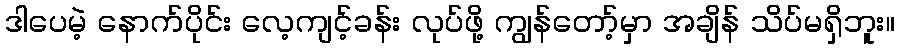
ဒါပေမဲ့ နောက်ပိုင်း လေ့ကျင့်ခန်း လုပ်ဖို့ ကျွန်တော့်မှာ အချိန် သိပ်မရှိဘူး။